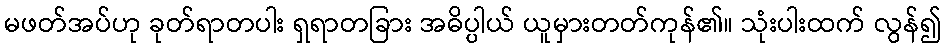
မဖတ်အပ်ဟု ခုတ်ရာတပါး ရှရာတခြား အဓိပ္ပါယ် ယူမှားတတ်ကုန်၏။ သုံးပါးထက် လွန်၍